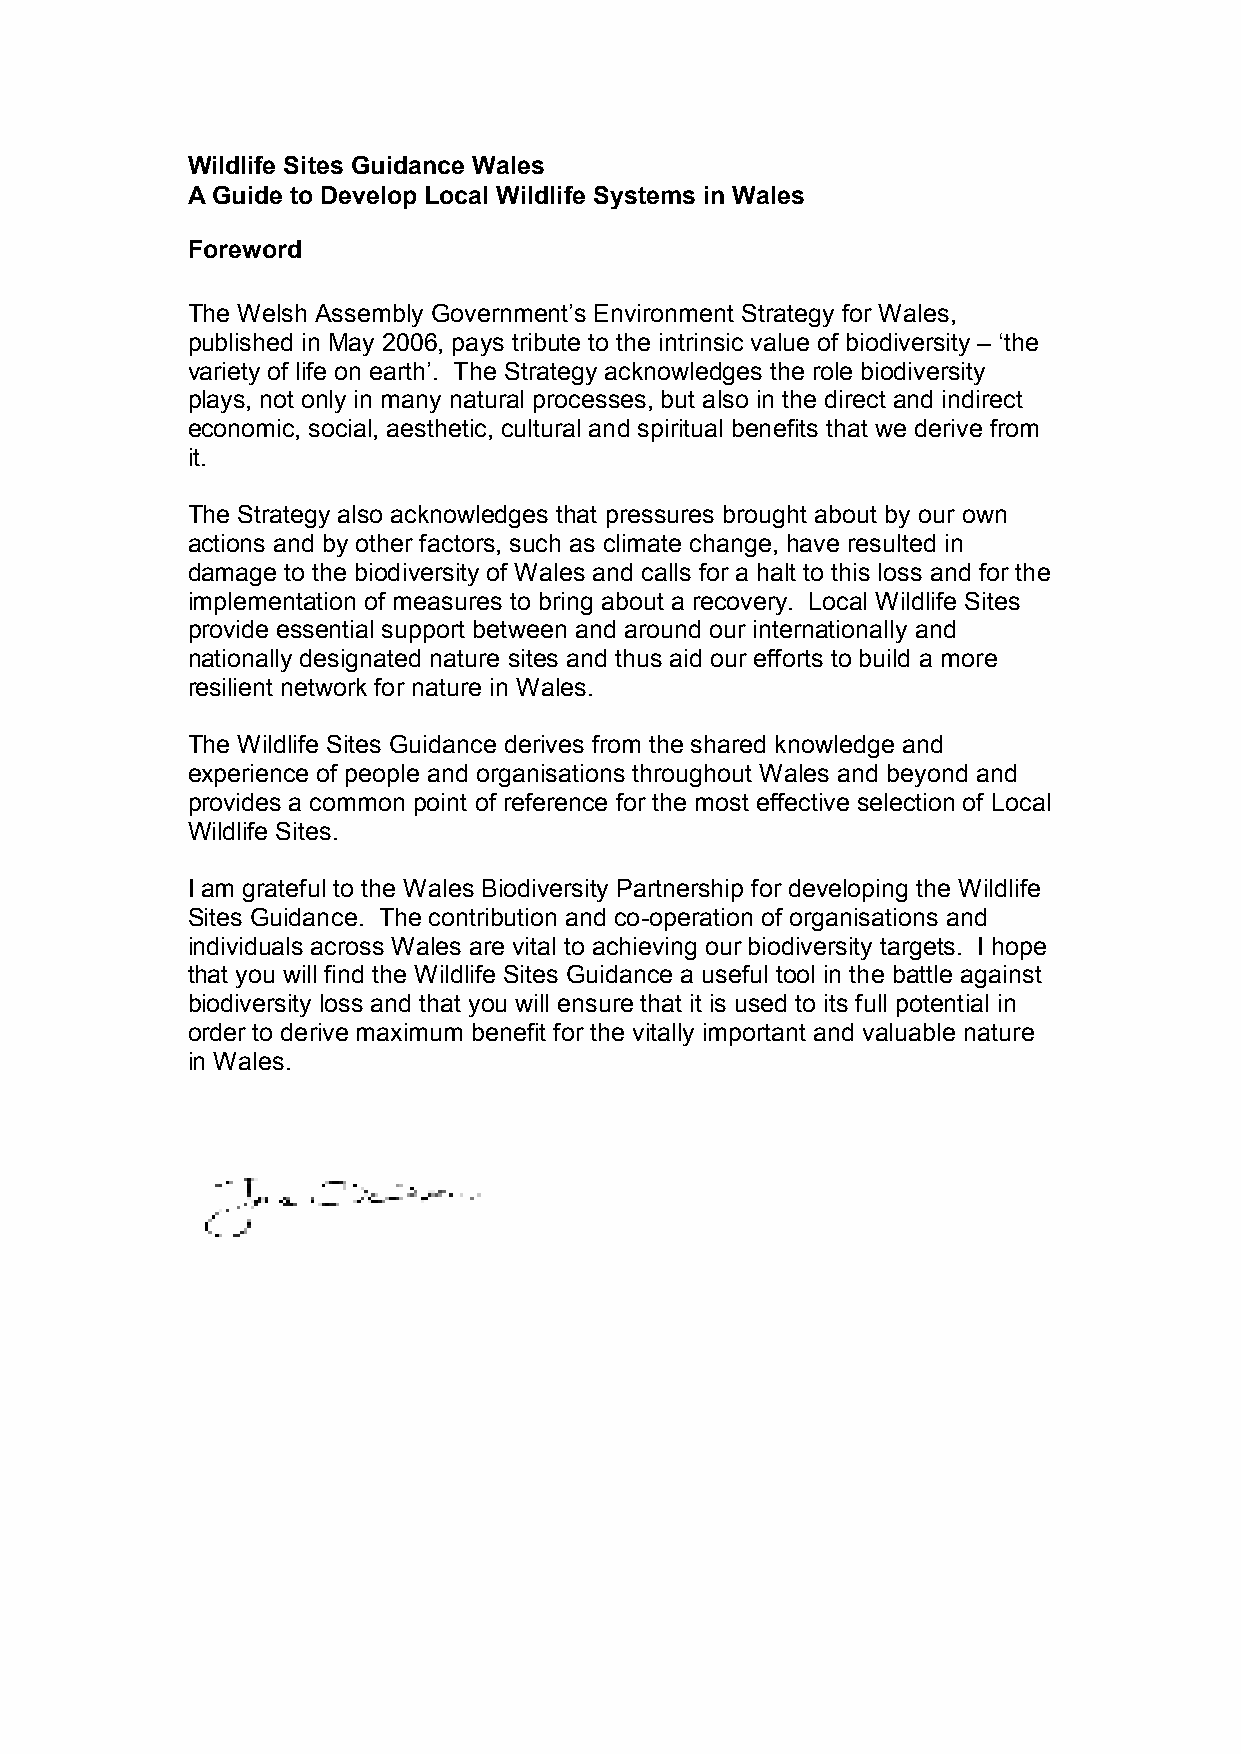
Wildlife Sites Guidance Wales
 A Guide to Develop Local Wildlife Systems in Wales
 Foreword
 The Welsh Assembly Government’s Environment Strategy for Wales,
 published in May 2006, pays tribute to the intrinsic value of biodiversity – ‘the
 variety of life on earth’. The Strategy acknowledges the role biodiversity
 plays, not only in many natural processes, but also in the direct and indirect
 economic, social, aesthetic, cultural and spiritual benefits that we derive from
 it.
 The Strategy also acknowledges that pressures brought about by our own
 actions and by other factors, such as climate change, have resulted in
 damage to the biodiversity of Wales and calls for a halt to this loss and for the
 implementation of measures to bring about a recovery. Local Wildlife Sites
 provide essential support between and around our internationally and
 nationally designated nature sites and thus aid our efforts to build a more
 resilient network for nature in Wales.
 The Wildlife Sites Guidance derives from the shared knowledge and
 experience of people and organisations throughout Wales and beyond and
 provides a common point of reference for the most effective selection of Local
 Wildlife Sites.
 I am grateful to the Wales Biodiversity Partnership for developing the Wildlife
 Sites Guidance. The contribution and co-operation of organisations and
 individuals across Wales are vital to achieving our biodiversity targets. I hope
 that you will find the Wildlife Sites Guidance a useful tool in the battle against
 biodiversity loss and that you will ensure that it is used to its full potential in
 order to derive maximum benefit for the vitally important and valuable nature
 in Wales.